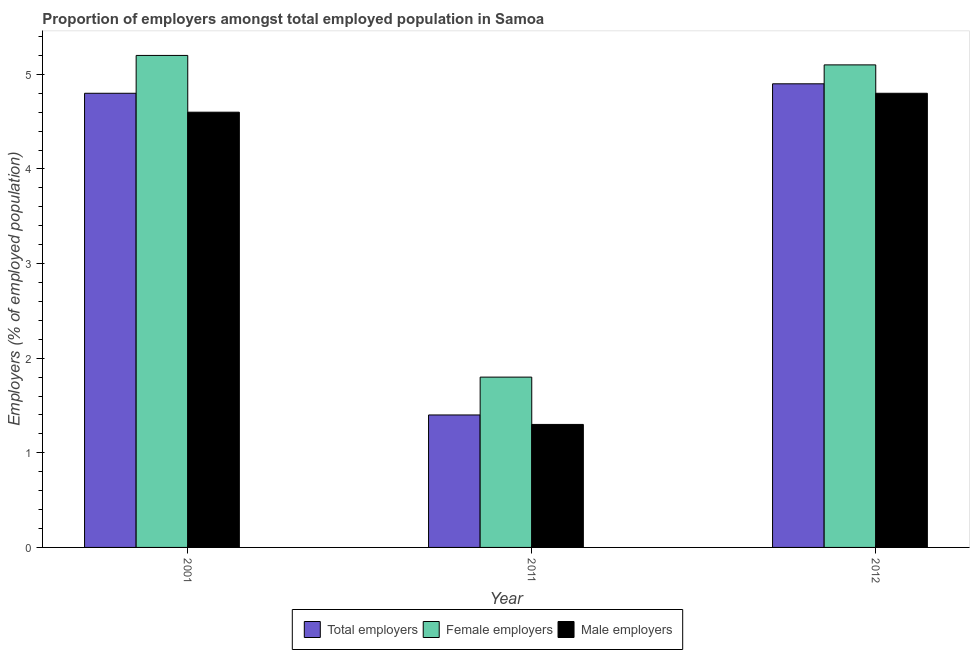
| Year | Total employers | Female employers | Male employers |
 | --- | --- | --- | --- |
 | 2001 | 4.8 | 5.2 | 4.6 |
 | 2011 | 1.4 | 1.8 | 1.3 |
 | 2012 | 4.9 | 5.1 | 4.8 |